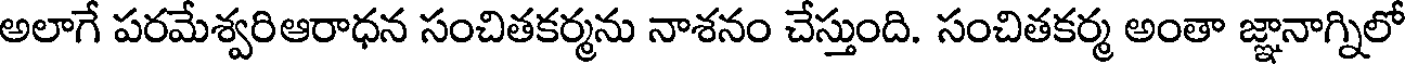
అలాగే పరమేశ్వరిఆరాధన సంచితకర్మను నాశనం చేస్తుంది. సంచితకర్మ అంతా జ్ఞానాగ్నిలో